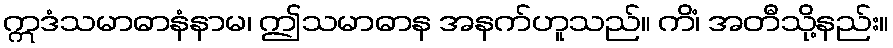
ဣဒံသမာဓာနံနာမ၊ ဤသမာဓာန အနက်ဟူသည်။ ကိံ၊ အတီသို့နည်း။